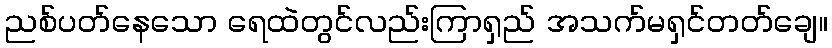
ညစ်ပတ်နေသော ရေထဲတွင်လည်းကြာရှည် အသက်မရှင်တတ်ချေ။